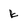
Character: k